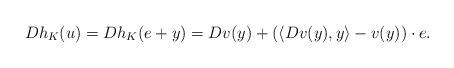
LaTeX: \begin{align*} Dh_{{K}}(u)=Dh_{{K}}(e+y)=Dv(y)+\left(\langle Dv(y),y\rangle-v(y)\right)\cdot e.\end{align*}